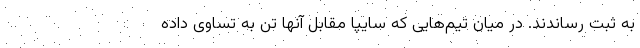
به ثبت رساندند. در میان تیم‌هایی که سایپا مقابل آنها تن به تساوی داده